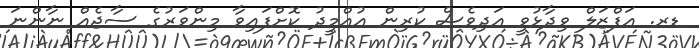
ޑރ. އަފްޒަލް ވިދާޅުވީ އަދިވެސް ކުރިން އުއްމީދު ކޮށްފައިވާ މިންވަރުގެ ސާޖެއް ނާންނަ